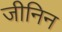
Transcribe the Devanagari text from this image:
जीनिन